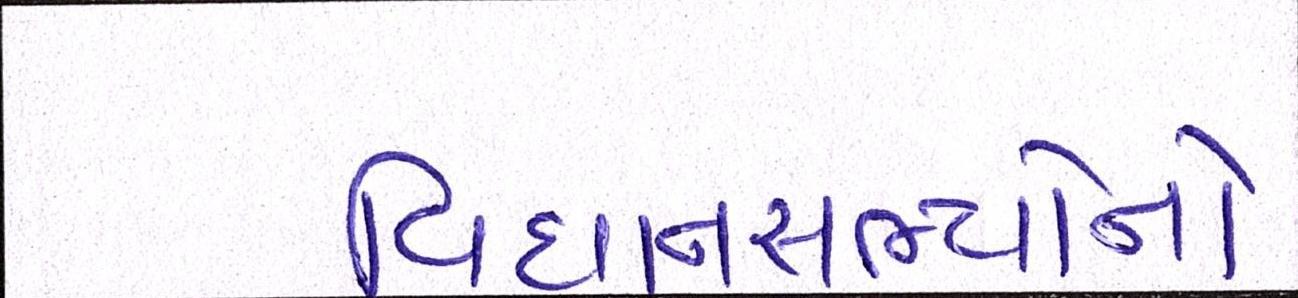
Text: વિધાનસભ્યોનો